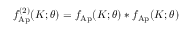
f _ { \mathrm { A p } } ^ { ( 2 ) } ( K ; \theta ) = f _ { \mathrm { A p } } ( K ; \theta ) * f _ { \mathrm { A p } } ( K ; \theta )